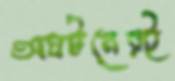
অঘটনেরই